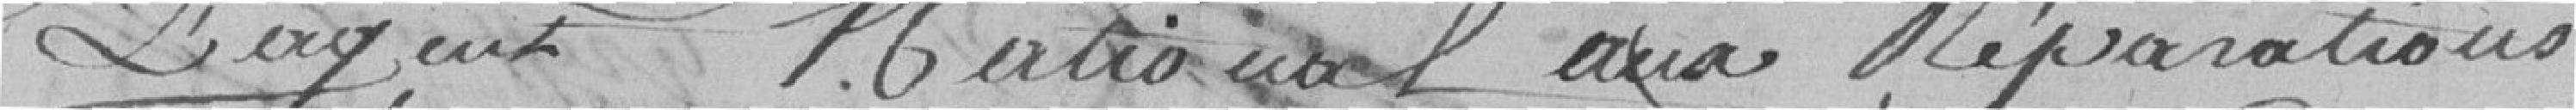
l'agent National aux réparations